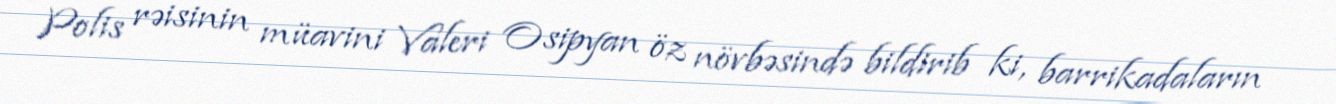
Polis rəisinin müavini Valeri Osipyan öz növbəsində bildirib ki, barrikadaların